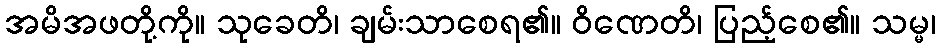
အမိအဖတို့ကို။ သုခေတိ၊ ချမ်းသာစေရ၏။ ဝိဏေတိ၊ ပြည့်စေ၏။ သမ္မ၊